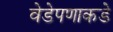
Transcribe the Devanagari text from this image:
वेडेपणाकडे